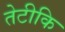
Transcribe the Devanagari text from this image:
तेटीकि